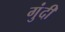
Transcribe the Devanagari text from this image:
गुंदी